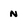
Character: N